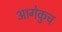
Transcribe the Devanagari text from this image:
आगेकुच